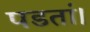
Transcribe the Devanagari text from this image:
पडतां।